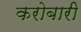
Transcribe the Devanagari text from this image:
करोबारी